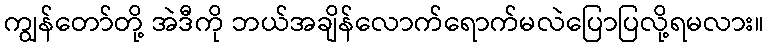
ကျွန်တော်တို့ အဲဒီကို ဘယ်အချိန်လောက်ရောက်မလဲပြောပြလို့ရမလား။